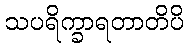
သပရိက္ခာရတာတိပိ